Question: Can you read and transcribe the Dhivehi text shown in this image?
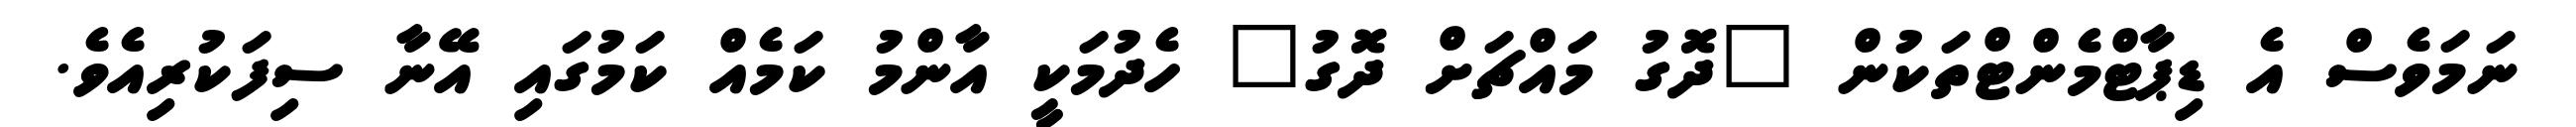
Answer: ނަމަވެސް އެ ޑިޕާޓްމެންޓްތަކުން "ދޮގު މައްޗަށް ދޮގު" ހެދުމަކީ އާންމު ކަމެއް ކަމުގައި އޭނާ ސިފަކުރިއެވެ.